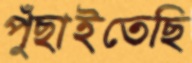
পুঁছাইতেছি